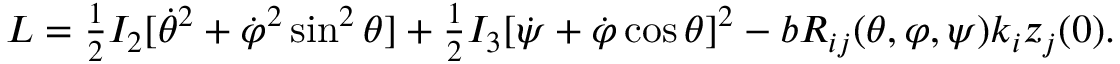
\begin{array} { r } { L = \frac 1 2 I _ { 2 } [ \dot { \theta } ^ { 2 } + \dot { \varphi } ^ { 2 } \sin ^ { 2 } \theta ] + \frac 1 2 I _ { 3 } [ \dot { \psi } + \dot { \varphi } \cos \theta ] ^ { 2 } - b R _ { i j } ( \theta , \varphi , \psi ) k _ { i } z _ { j } ( 0 ) . } \end{array}